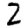
Digit: 2